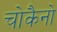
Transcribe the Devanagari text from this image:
चोकैनो